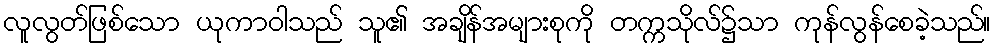
လူလွတ်ဖြစ်သော ယုကာဝါသည် သူ၏ အချိန်အများစုကို တက္ကသိုလ်၌သာ ကုန်လွန်စေခဲ့သည်။